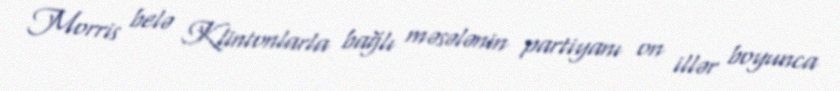
Morris belə Klintonlarla bağlı məsələnin partiyanı on illər boyunca